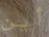
أين